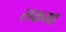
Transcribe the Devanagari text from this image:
लकमा